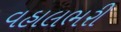
વહાલભરી